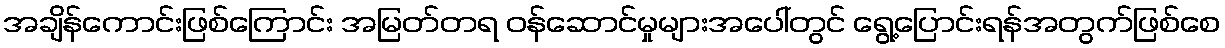
အချိန်ကောင်းဖြစ်ကြောင်း အမြတ်တရ ဝန်ဆောင်မှုများအပေါ်တွင် ရွေ့ပြောင်းရန်အတွက်ဖြစ်စေ